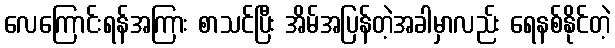
လေကြောင်းရန်အကြား စာသင်ပြီး အိမ်အပြန်တဲ့အခါမှာလည်း ရေနစ်နိုင်တဲ့